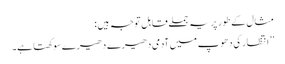
مثال کے طور پر یہ جملے قابل توجہ ہیں :
’’ انتظار کی دھوپ میں آدمی دھیرے دھیرے سوکھتا ہے۔